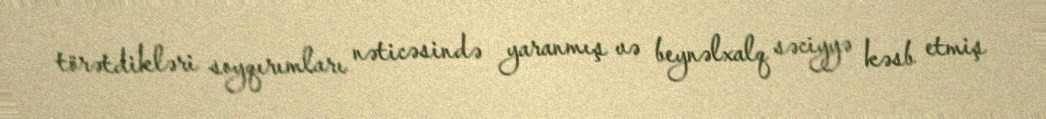
törətdikləri soyqırımları nəticəsində yaranmış və beynəlxalq səciyyə kəsb etmiş